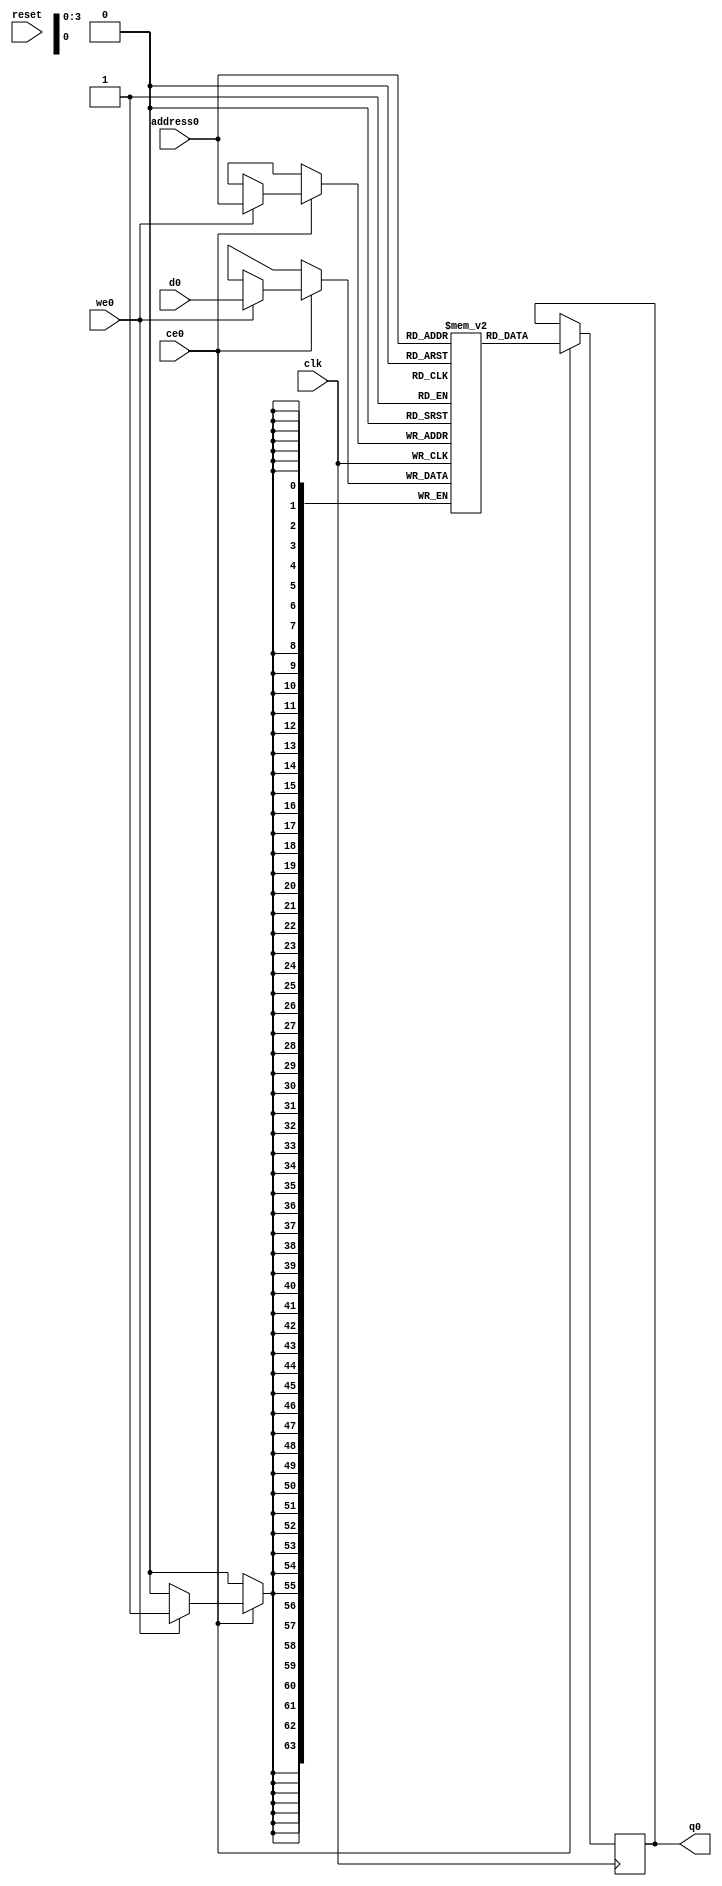
// ==============================================================
// Vitis HLS - High-Level Synthesis from C, C++ and OpenCL v2021.2 (64-bit)
// Copyright 1986-2021 Xilinx, Inc. All Rights Reserved.
// ==============================================================
`timescale 1 ns / 1 ps
module nnlayer_resArray_V_RAM_AUTO_1R1W (address0, ce0, d0, we0, q0,  reset,clk);

parameter DataWidth = 64;
parameter AddressWidth = 4;
parameter AddressRange = 16;

input[AddressWidth-1:0] address0;
input ce0;
input[DataWidth-1:0] d0;
input we0;
output reg[DataWidth-1:0] q0;
input reset;
input clk;

reg [DataWidth-1:0] ram[0:AddressRange-1];




always @(posedge clk)  
begin 
    if (ce0) begin
        if (we0) 
            ram[address0] <= d0; 
        q0 <= ram[address0];
    end
end


endmodule